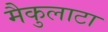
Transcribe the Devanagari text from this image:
मैकुलाटा